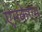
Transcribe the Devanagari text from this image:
एमकेएम